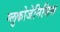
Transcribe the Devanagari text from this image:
ग्लुकोजेनिसिस